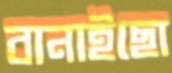
বানাইছো